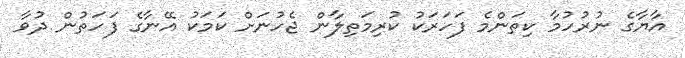
އާޔާގެ ނުރުހުމާ ކިތަންމެ ފަހަރަކު ކުރިމަތިލާން ޖެހުނަށް ކަމަކު އޭނާގެ ފަހަތުން ދުވާ